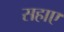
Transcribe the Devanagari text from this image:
सहाए